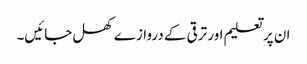
ان پر تعلیم اور ترقی کے دروازے کھل جائیں۔